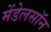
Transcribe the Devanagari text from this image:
मेंडेलसॉन